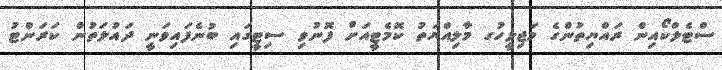
ސްޓެލްކޯއިން ރައްޔިތުންގެ މަޖިލީހުގ މާލިއްޔަތު ކޮމެޓީއަށް ފޮނުވި ސިޓީގައި ބުނެފައިވަނީ ދައުލަތުން ކަރަންޓު